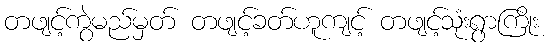
တဖျင့်ကွဲမည်မှတ် တဖျင့်ခတ်ဟူကျင့် တဖျင့်သုံးရွာကြိုး